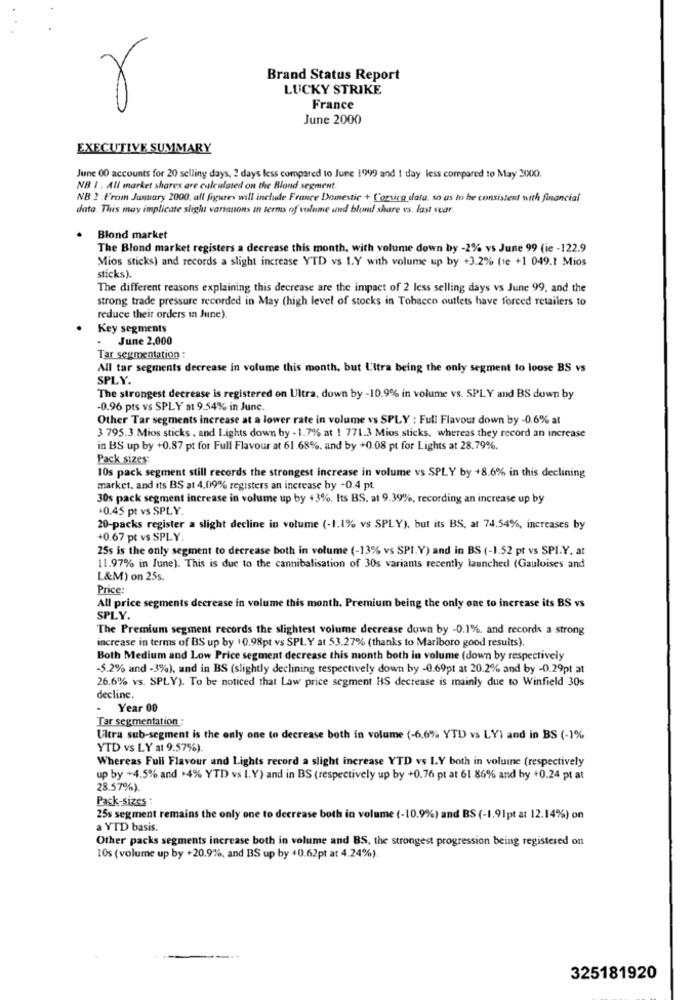
Brand Status Report
LUCKY STRIKE
France
June 2000
EXECUTIVE SUMMARY
June 00 accounts for 20 selling days, 2 days less compared to June 19999 and 1 day less compared to May 2000).
NB 1 . All market shares are calculated on the Blond segment.
NB 2 : From January 2000, all figures will include France Domestic + Corsicg data, so as to be consistent with financial
data. This may implicate slight variations in terms of volume und blond share vs. last year
Blond market
The Blond market registers a decrease this month, with volume down by -2% vs June 99 (ie -122.9
Mios sticks) and records a slight increase YTD vs I.Y with volume up by +3.2% (1e +1 049.1 Mios
sticks).
The different reasons explaining this decrease are the impact of 2 less selling days vs June 99, and the
strong trade pressure recorded in May (high level of stocks in Tobacco outlets have forced retailers to
reduce their orders in June).
Key segments
- June 2,000
Tar segmentation :
All tar segments decrease in volume this month, but Ultra being the only segment to loose BS vs
SPLY.
The strongest decrease is registered on Ultra, down by -10.9% in volume vs. SPLY and BS down by
-0.96 pts vs SPLY a1 9.54% in June.
Other Tar segments increase at a lower rate in volume vs SPLY : Full Flavour down by -0.6% at
3 795.3 Mios sticks , and I.ights down by - 1.7% at 1 771.3 Mios sticks, whereas they record an increase
in BS up by +0.87 pt for Full Flavour at 61.68%, and by +0.08 pt for Lights at 28.79%.
Pack sizes:
10s pack segment still records the strongest increase in volume vs SPLY by +8.6% in this declining
market, and its BS at 4,09% registers an increase by -0.4 pt.
30s pack segment increase in volume up by +3%. Its BS. at 9.39%, recording an increase up by
+0.45 pt vs SPLY.
20-packs register a slight decline in volume (-1.1% vs SPLY), but its BS, at 74.54%, increases by
+0.67 pt vs SPLY.
25s is the only segment to decrease both in volume (-13% vs SPI.Y) and in BS (-1.52 pt vs SPI.Y, at
11.97% in June). This is due to the cannibalisation of 30s variants recently launched (Gauloises and
L&M) on 25s.
Price:
All price segments decrease in volume this month. Premium being the only one to increase its BS vs
SPLY.
The Premium segment records the slightest volume decrease down by -0.1%, and records a strong
increase in terms of BS up by +0.98pt vs SPLY at 53.27% (thanks to Mariboro good results).
Both Medium and Low Price segment decrease this month both in volume (down by respectively
-5.2% and -3%), and in BS (slightly declining respectively down by -0.69pt at 20.2% and by -0.29pt at
26.6% vs. SPLY). To be noticed that Law price segment HS decrease is mainly due to Winfield 30s
decline.
- Year 00
Tar segmentation :
Ultra sub-segment is the only one to decrease both in volume (-6.6% YTD vs LY) and in BS (-1%
YTD vs LY at 9.57%).
Whereas Full Flavour and Lights record a slight increase YTD vs I.Y both in volume (respectively
up by +4.5% and +4% YTD vs LY) and in BS (respectively up by +0.76 pt at 61 86% and by +0.24 pt at
28.57%).
Pack-sizes :
25s segment remains the only one to decrease both in volume (-10.9%) and BS (-1.91pt at 12.14%) on
a YTD basis.
Other packs segments increase both in volume and BS, the strongest progression being registered on
10s (volume up by +20.9%, and BS up by +0.62pt at 4.24%)
325181920